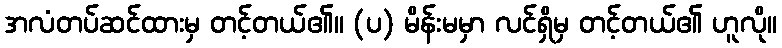
အလံတပ်ဆင်ထားမှ တင့်တယ်၏။ (ပ) မိန်းမမှာ လင်ရှိမှ တင့်တယ်၏ ဟူလို။